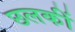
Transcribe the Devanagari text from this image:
छलकीं